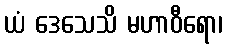
ယံ ဒေသေသိ မဟာဝီရော၊